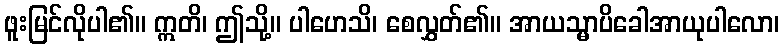
ဖူးမြင်လိုပါ၏။ ဣတိ၊ ဤသို့။ ပါဟေသိ၊ စေလွှတ်၏။ အာယသ္မာပိခေါအာယုပါလော၊